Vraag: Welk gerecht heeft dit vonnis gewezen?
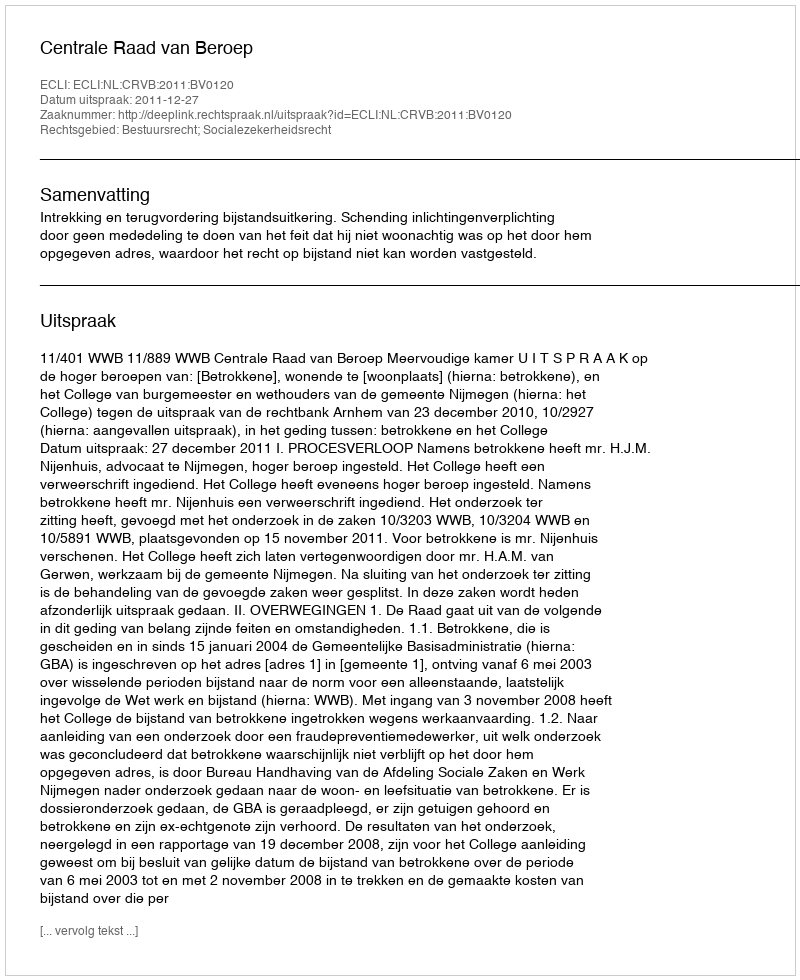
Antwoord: Centrale Raad van Beroep